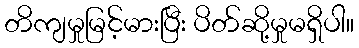
တိကျမှုမြင့်မားပြီး ပိတ်ဆို့မှုမရှိပါ။